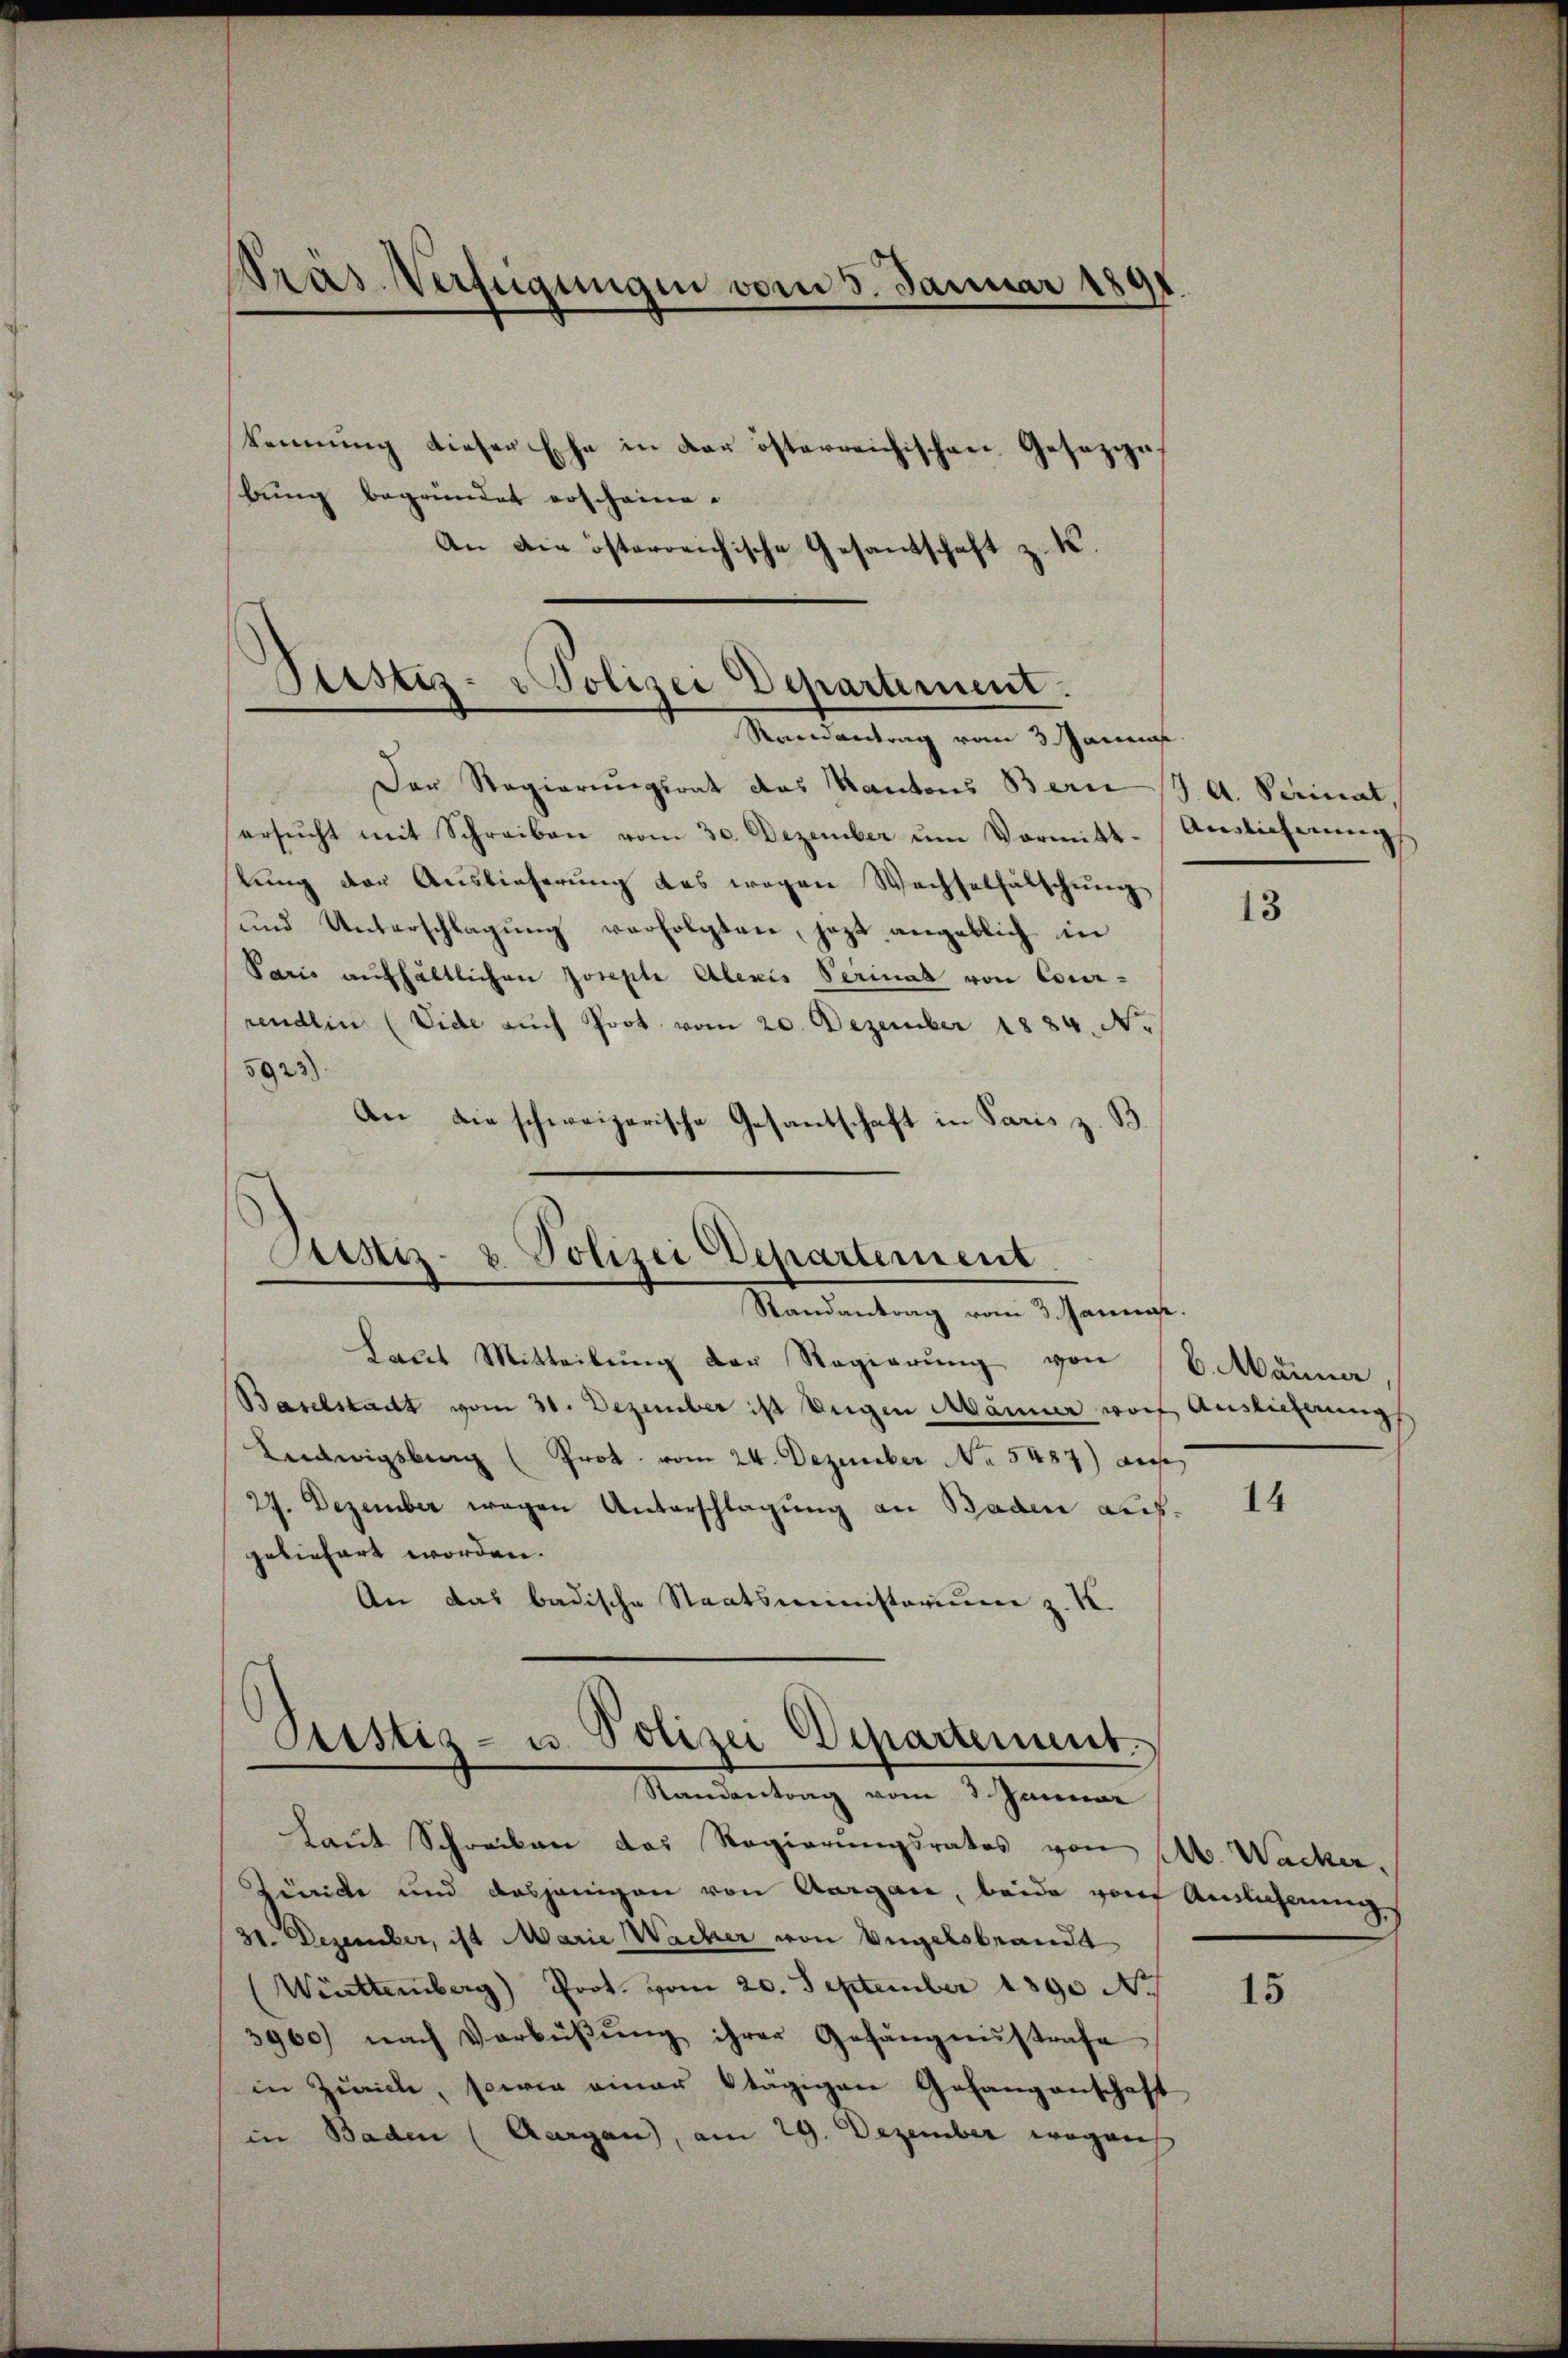
Präs. Verfügungen vom 3. Januar 1891
kennung dieser Ehe in der österreichischen Gesezige

bung begründet erscheine.
An die österreichische Gesantschaft z. K.

Ptistiz- u Polizei Departement.
Ramantrag vom 3. Janua

Der Regierungsrat das Kantons Bern J. A. Perinat
ersŭcht mit Schreiben vom 30. Dezember ŭm Vormitt-Anslicherŭng
tŭng der Auslieferŭng das wegen Wechselfälschŭng
und Unterschlagŭng verfolgten, jezt angeblich in
Paris aufhältlichen Josepli Alexis Perinat von Cour-
rendlin (Vide auch Prot. vom 20. Dezember 1884. No
5923)
An die schweizerische Gesantschaft in Paris z. B.

Justiz- & Polizei Departement
Randantrag vom 3. Janie.

Laut Mitteilŭng der Regierŭng von
Baselstadt vom 31. Dezember ist Eugen Männer worf Auslieferung
Ludwigsburg (Prot. vom 24. Dezember No. 5487) aus
27. Dezember wegen Unterschlagung an Baden aus
geliefert worden.
An das badische Staatsministerium z. K.
Peistig- u. Polizei Departement.
Standentrag vom 3. Januar
Laut Schreiben das Regierŭngsrates von M. Wacker,
Juide und dasjenigen von Aargau, beide von Auslichnungs
31. Dezember, ist Marie Wacher von Engelsbrandt
(Württemberg) Prot. vom 20. September 1890 N
3900) nach Verbüβŭng ihrer Gefängnisstrafe
in Zürich, sowie einer tägigen Gefangenschaft
in Baden (Aargau), am 29. Dezember wegen

13

6. Männer,

14

15